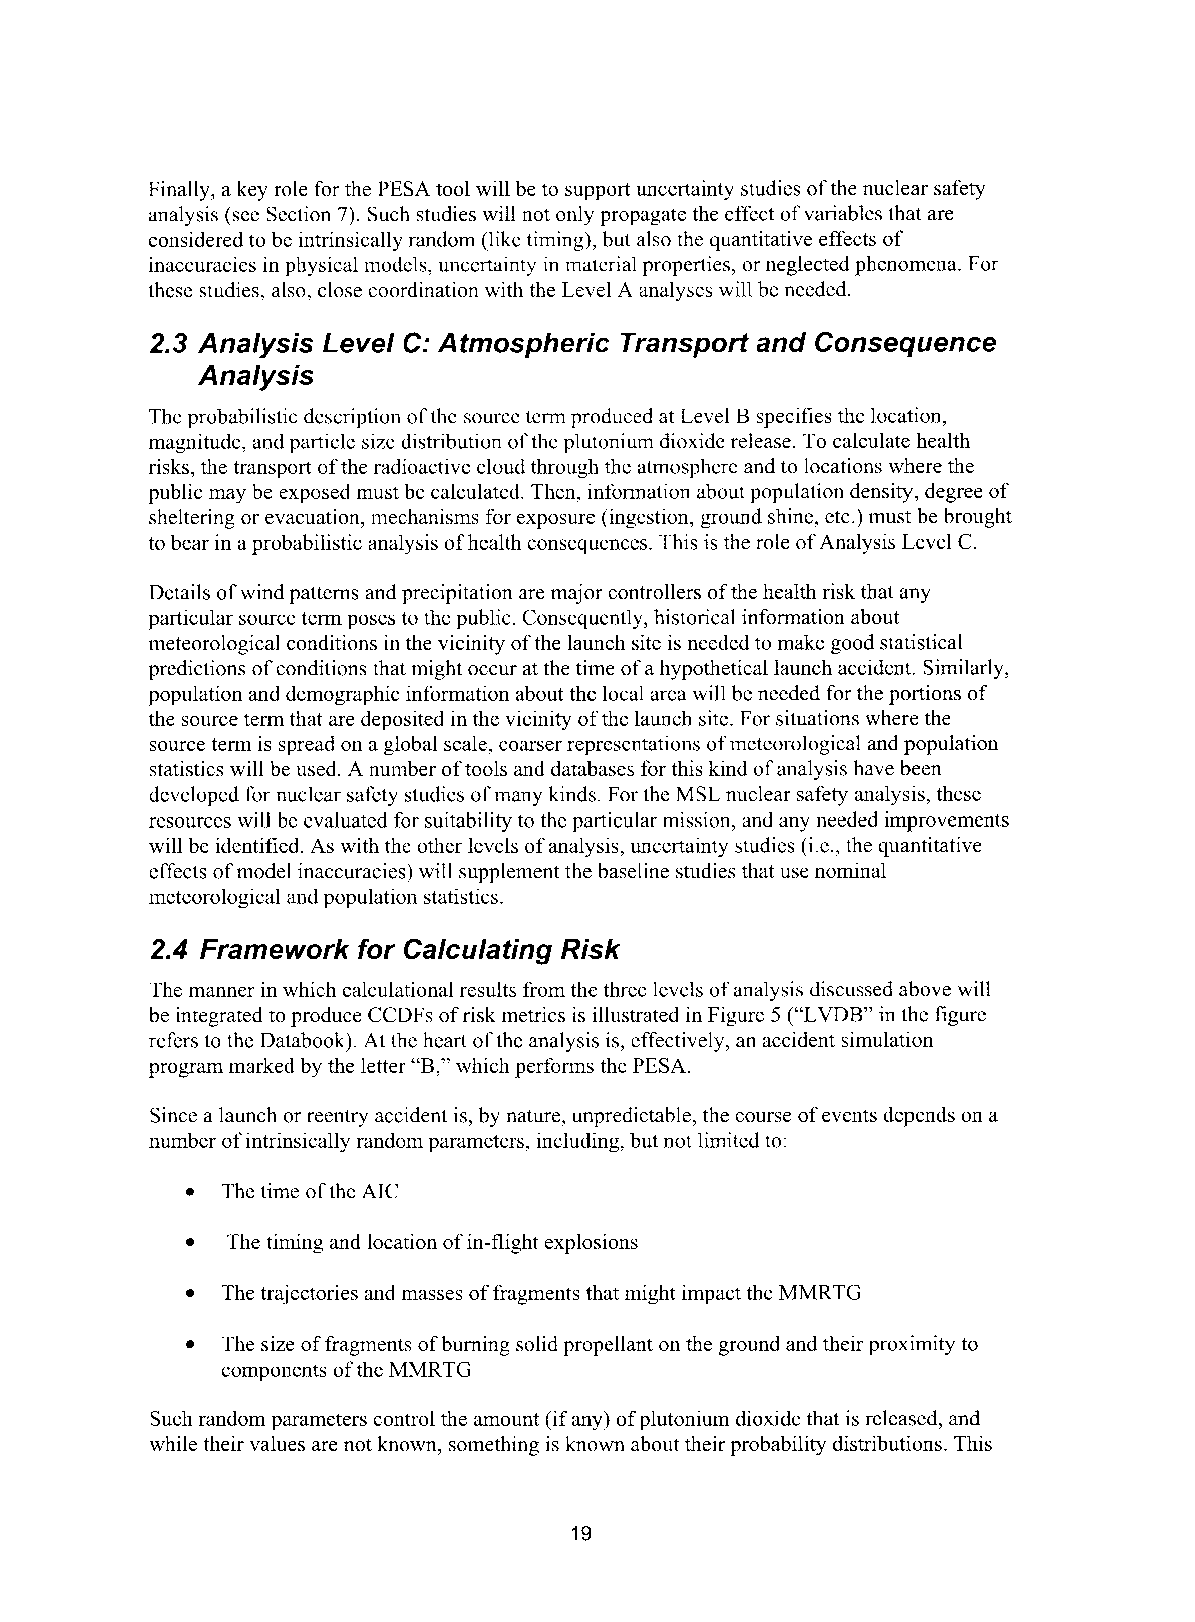
Finally, a key role for the PESA tool will be to support uncertainty studies of the nuclear safety
 analysis (see Section 7). Such studies will not only propagate the effect of variables that are
 considered to be intrinsically random (like timing), but also the quantitative effects of
 inaccuracies in physical models, uncertainty in material properties, or neglected phenomena. For
 these studies, also, close coordination with the Level A analyses will be needed.
 2.3 Analysis Level C: Atmospheric Transport and Consequence
 Analysis
 The probabilistic description of the source term produced at Level B specifies the location,
 magnitude, and particle size distribution of the plutonium dioxide release. To calculate health
 risks, the transport of the radioactive cloud through the atmosphere and to locations where the
 public may be exposed must be calculated. Then, information about population density, degree of
 sheltering or evacuation, mechanisms for exposure (ingestion, ground shine, etc.) must be brought
 to bear in a probabilistic analysis of health consequences. This is the role of Analysis Level C.
 Details of wind patterns and precipitation are major controllers of the health risk that any
 particular source term poses to the public. Consequently, historical information about
 meteorological conditions in the vicinity of the launch site is needed to make good statistical
 predictions of conditions that might occur at the time of a hypothetical launch accident. Similarly,
 population and demographic information about the local area will be needed for the portions of
 the source term that are deposited in the vicinity of the launch site. For situations where the
 source term is spread on a global scale, coarser representations ofm eteorological and population
 statistics will be used. A number of tools and databases for this kind of analysis have been
 developed for nuclear safety studies of many kinds. For the MSL nuclear safety analysis, these
 resources will be evaluated for suitability to the particular mission, and any needed improvements
 will be identified. As with the other levels of analysis, uncertainty studies (is., the quantitative
 effects of model inaccuracies) will supplement the baseline studies that use nominal
 meteorological and population statistics.
 2.4 Framework for Calculating Risk
 The manner in which calculational results from the three levels of analysis discussed above will
 be integrated to produce CCDFs of risk metrics is illustrated in Figure 5 (“LVDB” in the figure
 refers to the Databook). At the heart of the analysis is, effectively, an accident simulation
 program marked by the letter “B,” which performs the PESA.
 Since a launch or reentry accident is, by nature, unpredictable, the course of events depends on a
 number of intrinsically random parameters, including, but not limited to:
 0 The time of the AIC
 The timing and location of in-flight explosions
 The trajectories and masses of fragments that might impact the MMRTG
 The size of fragments of burning solid propellant on the ground and their proximity to
 components of the MMRTG
 Such random parameters control the amount (if any) of plutonium dioxide that is released, and
 while their values are not known, something is known about their probability distributions. This
 19